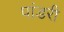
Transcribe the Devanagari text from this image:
पांडरी